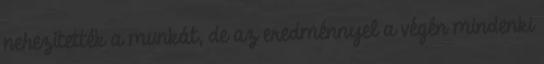
nehezítették a munkát, de az eredménnyel a végén mindenki